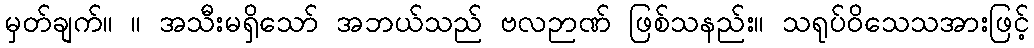
မှတ်ချက်။ ။ အသီးမရှိသော် အဘယ်သည် ဗလဉာဏ် ဖြစ်သနည်း။ သရုပ်ဝိသေသအားဖြင့်